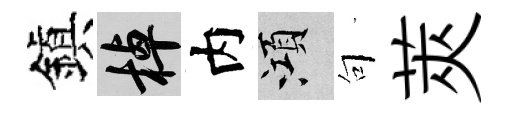
鎭棹内澒句莢